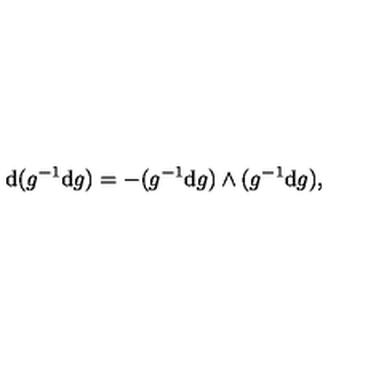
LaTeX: \mathrm { d } ( g ^ { - 1 } \mathrm { d } g ) = - ( g ^ { - 1 } \mathrm { d } g ) \wedge ( g ^ { - 1 } \mathrm { d } g ) ,